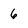
Character: 6